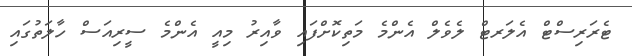
ޓެރަރިސްޓް އެލަރޓް ލެވެލް އެންމެ މަތިކޮށްފައި ވާއިރު މިއީ އެންމެ ސީރިއަސް ހާލަތުގައި